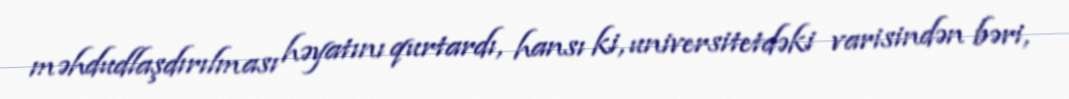
məhdudlaşdırılması həyatını qurtardı, hansı ki, universitetdəki varisindən bəri,